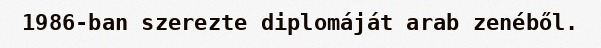
1986-ban szerezte diplomáját arab zenéből.